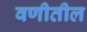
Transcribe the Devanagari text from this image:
वणीतील